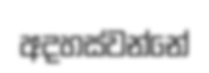
අදහස්වන්නේ